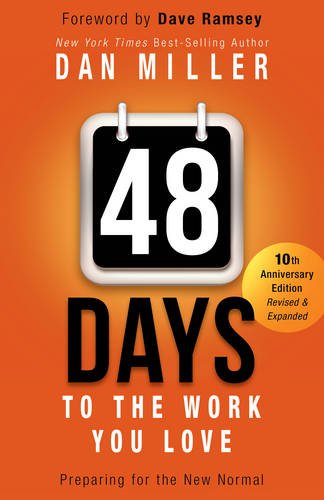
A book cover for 48 Days to the Work You Love: Preparing for the New Normal; Dan Miller; Business & Money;